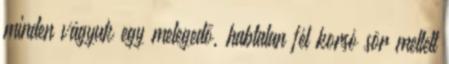
minden vágyuk egy melegedő, habtalan fél korsó sör mellett